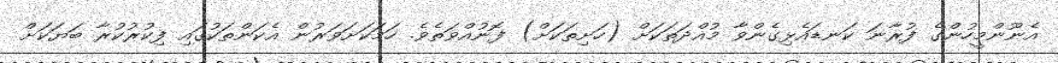
އެނޫންމީހުންގެ ފުރާނަ ކަނޑައެޅިގެންވާ މުއްދަތަކަށް (ހަށިތަކަށް) ފޮނުއްވަތެވެ. ހަމަކަށަވަރުން އެކަންތަކުގައި ފިކުރުކުރާ ބަޔަކަށް